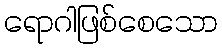
ရောဂါဖြစ်စေသော